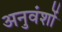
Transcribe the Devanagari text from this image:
अनुवंशों